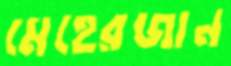
মেহেরজান